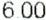
6.00